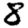
Digit: 8